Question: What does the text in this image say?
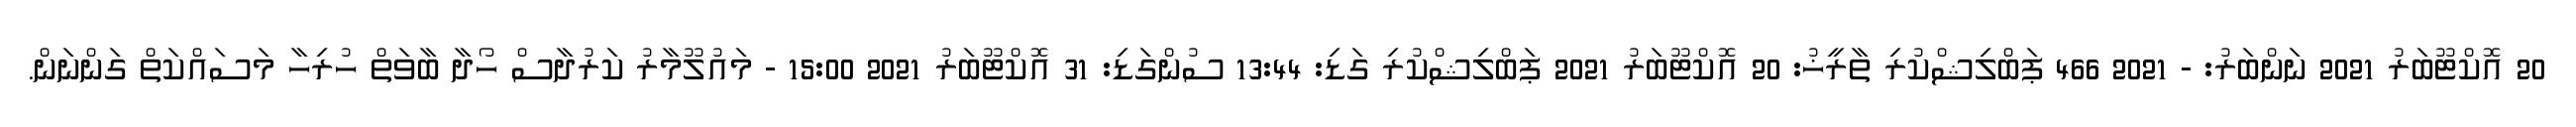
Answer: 20 އޮކްޓޫބަރު 2021 ނަންބަރު: - 2021 466 ޕަބްލިޝްކުރި ތާރީޚު: 20 އޮކްޓޫބަރު 2021 ޕަބްލިޝްކުރި ގަޑި: 13:44 ސުންގަޑި: 31 އޮކްޓޫބަރު 2021 15:00 - މައުލޫމާރު ކަރުދާސް ހޯދާ ބާވަތް ހުރިހާ މަސައްކަތް ގަންނަން.